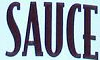
SAUCE